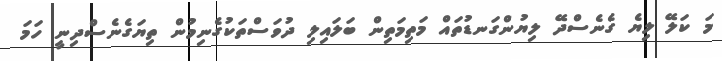
މަ ކަލޭ ލިޔެ ގެނެސްދޭ ލިޔުންގަނޑުތައް މަތިމަތިން ބަލައިލި ދުވަސްތަކުގެނިމުން ތިޔަގެނެސްދިނީ ހަމަ